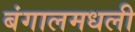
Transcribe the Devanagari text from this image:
बंगालमधली